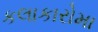
કલાકારોમા